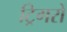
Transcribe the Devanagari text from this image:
ट्रिगरों